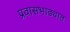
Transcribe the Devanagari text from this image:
प्रवासभाड्यात